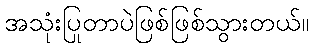
အသုံးပြုတာပဲဖြစ်ဖြစ်သွားတယ်။